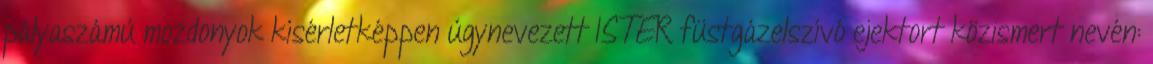
pályaszámú mozdonyok kísérletképpen úgynevezett ISTER füstgázelszívó ejektort közismert nevén: